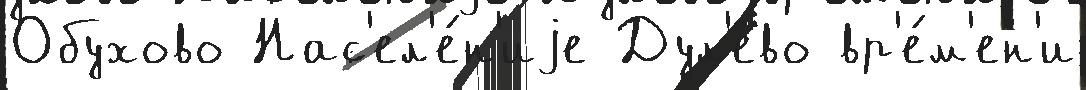
Обухово Нас'ел'е́н'иjе Дул'ево вр'е́м'ен'и